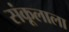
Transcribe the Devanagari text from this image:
संकूलाला